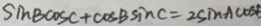
\sin B \cos C + \cos B \sin C = 2 \sin A \cos B